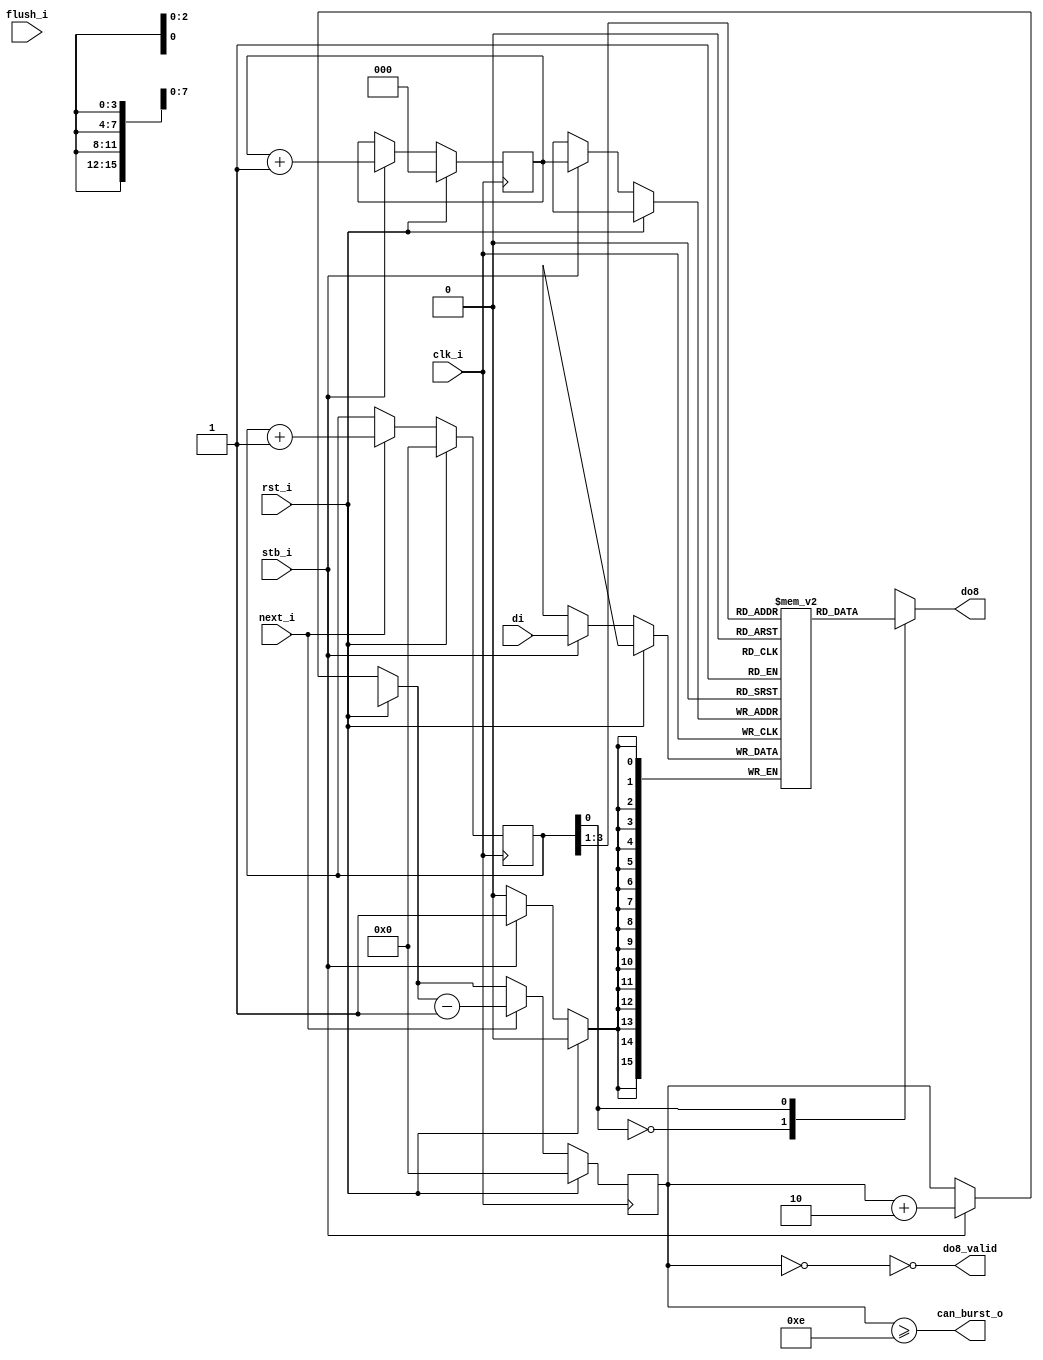
module zet_front_fifo16to8(
	input clk_i,
	input rst_i,
	input flush_i,
	input stb_i,
	input [15:0] di,
	output can_burst_o,
	output do8_valid,
	output reg [7:0] do8,
	input next_i 
);
reg [15:0] storage[0:7];
reg [2:0] produce; 
reg [3:0] consume; 
reg [3:0] level;
wire [15:0] do16;
assign do16 = storage[consume[3:1]];
always @(*) begin
  case(consume[0])
    1'd0: do8 <= do16[15:8];
    1'd1: do8 <= do16[7:0];
  endcase
end
always @(posedge clk_i) begin
  if(rst_i) begin
    produce = 3'd0;
    consume = 4'd0;
    level = 4'd0;
  end else begin
    if(stb_i) begin
      storage[produce] = di;
      produce = produce + 3'd1;
      level = level + 4'd2;
    end
    if(next_i) begin 
      consume = consume + 4'd1;
      level = level - 4'd1;
    end
  end
end
assign do8_valid = ~(level == 4'd0);
assign can_burst_o = level >= 4'd14;
endmodule